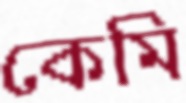
কেমি